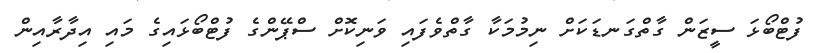
ފުޓްބޯޅަ ސީޒަން ގާތްގަނޑަކަށް ނިމުމަކާ ގާތްވެފައި ވަނިކޮށް ސްޕޭންގެ ފުޓްބޯޅައިގެ މައި އިދާރާއިން